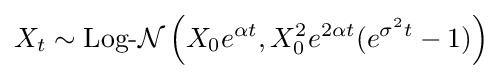
X_{t}\sim \operatorname {Log-{\mathcal {N}}} \left(X_{0}e^{\alpha t},X_{0}^{2}e^{2\alpha t}(e^{\sigma ^{2}t}-1)\right)